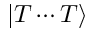
| T \cdots T \rangle